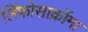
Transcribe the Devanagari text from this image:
लिंफोसार्क्रोमा